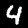
Digit: 4